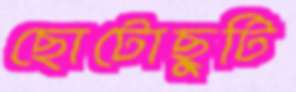
ছোটোছুটি